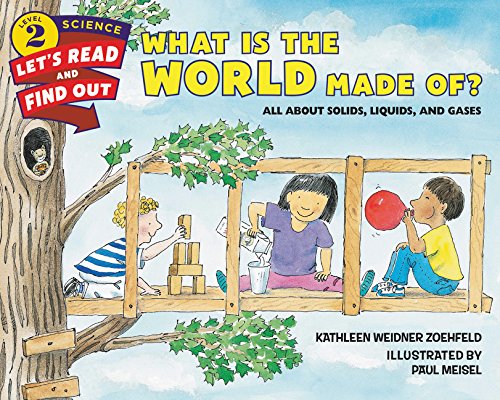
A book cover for What Is the World Made Of?: All About Solids, Liquids, and Gases (Let's-Read-and-Find-Out Science 2); Kathleen Weidner Zoehfeld; Children's Books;